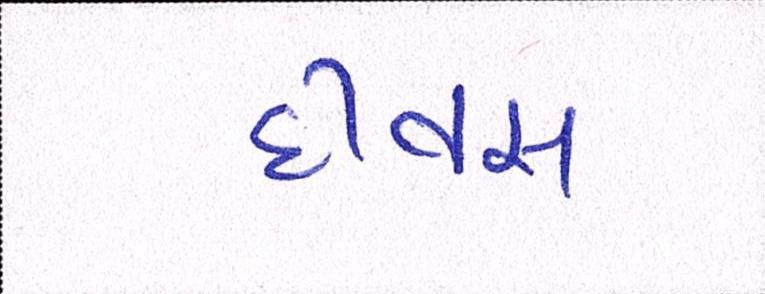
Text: દીવસ